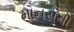
માનસની